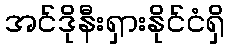
အင်ဒိုနီးရှားနိုင်ငံရှိ